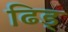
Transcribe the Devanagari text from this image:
ढिड्